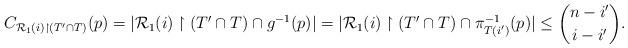
LaTeX: \begin{align*}C_{\mathcal{R}_{1}(i)\upharpoonright (T' \cap T)}(p)=|\mathcal{R}_{1}(i)\upharpoonright (T' \cap T)\cap g^{-1}(p)| = |\mathcal{R}_{1}(i)\upharpoonright (T' \cap T) \cap \pi_{T(i')}^{-1}(p)|\le {n-i' \choose i - i'}.\end{align*}